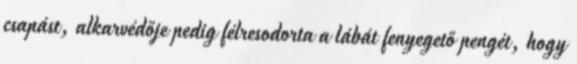
csapást, alkarvédője pedig félresodorta a lábát fenyegető pengét, hogy